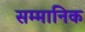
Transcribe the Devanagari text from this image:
सम्‍मानिक